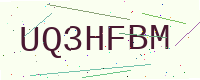
Text: UQ3HFBM